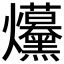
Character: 𤓦